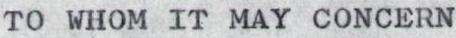
TO WHOM IT MAY CONCERN